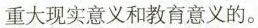
重大现实意义和教育意义的。